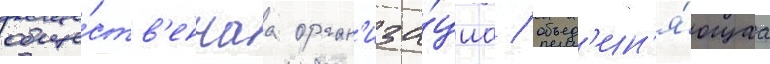
обще́ств'еннаа орган'иза́циа / объед'ин'я́ющаа